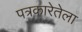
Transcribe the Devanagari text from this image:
पत्रकारेतेला